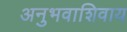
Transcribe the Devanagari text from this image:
अनुभवाशिवाय